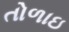
તોળાઇ